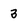
Character: 3